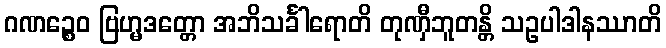
ဂဏဉ္စေဝ ဗြဟ္မဒတ္တော အဘိသင်္ခါရောတိ တုဏှီဘူတန္တိ သဥပါဒါနဿာတိ